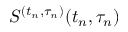
S ^ { ( t _ { n } , \tau _ { n } ) } ( t _ { n } , \tau _ { n } )